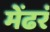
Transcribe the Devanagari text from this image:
मेंढरं